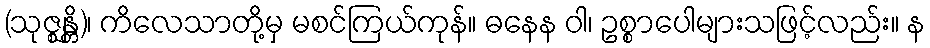
(သုဇ္ဈန္တိ)၊ ကိလေသာတို့မှ မစင်ကြယ်ကုန်။ ဓနေန ဝါ၊ ဥစ္စာပေါများသဖြင့်လည်း။ န